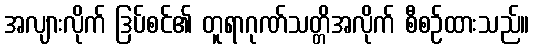
အလျားလိုက် ဒြပ်စင်၏ တူရာဂုဏ်သတ္တိအလိုက် စီစဉ်ထားသည်။